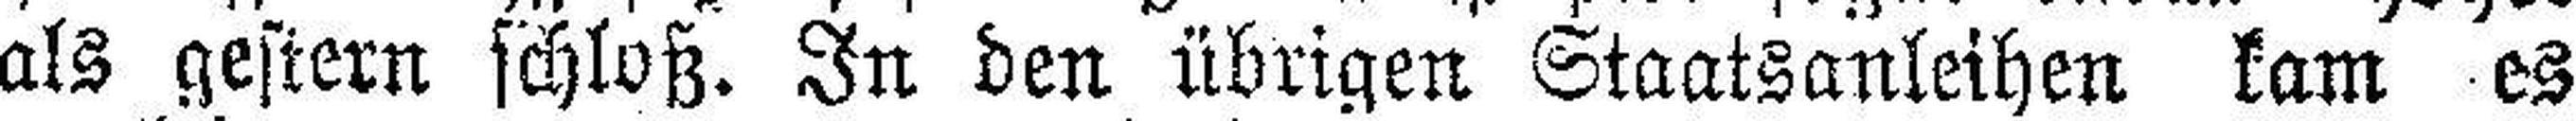
als gestern schloß. In den übrigen Staatsanleihen kam es